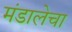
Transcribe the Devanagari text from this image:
मंडालेचा